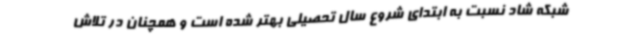
شبکه شاد نسبت به ابتدای شروع سال تحصیلی بهتر شده است و همچنان در تلاش